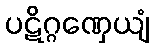
ပဋိဂ္ဂဏှေယျံ